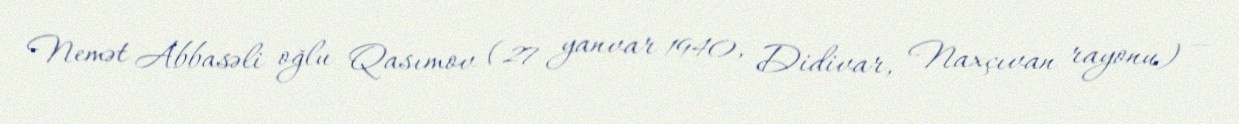
Nemət Abbasəli oğlu Qasımov (27 yanvar 1940, Didivar, Naxçıvan rayonu) —